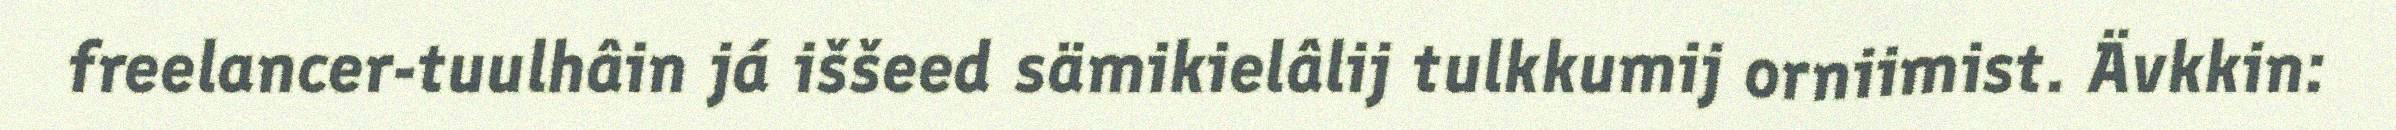
freelancer-tuulhâin já iššeed sämikielâlij tulkkumij orniimist. Ävkkin: